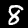
Digit: 8